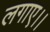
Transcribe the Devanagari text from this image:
लगाए।।